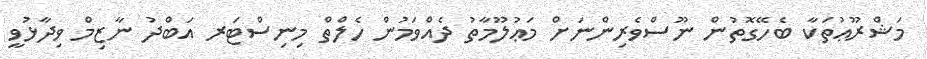
މަޝްރޫޢުތަކާ ބެހޭގޮތުން ނޫސްވެރިންނަށް މަޢުލޫމާތު ދެއްވަމުން ހެލްތް މިނިސްޓަރ އަބްދު ނާޒިމް ވިދާޅުވީ